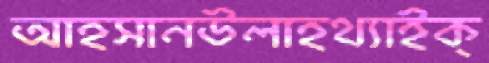
আহসানউলাহথ্যাইক্